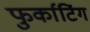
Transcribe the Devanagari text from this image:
फुर्काटिंग